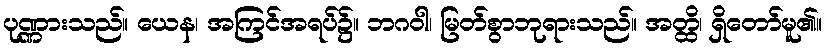
ပုဏ္ဏားသည်။ ယေန၊ အကြင်အရပ်၌။ ဘဂဝါ၊ မြတ်စွာဘုရားသည်။ အတ္ထိ၊ ရှိတော်မူ၏။